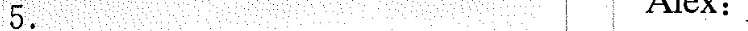
5.___ Jeff: I like Tom and Jerry best. It's so funny.